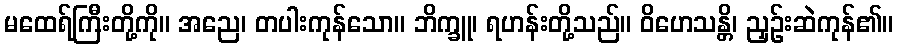
မထေရ်ကြီးတို့ကို။ အညေ၊ တပါးကုန်သော။ ဘိက္ခူ၊ ရဟန်းတို့သည်။ ဝိဟေသန္တိ၊ ညှဉ်းဆဲကုန်၏။